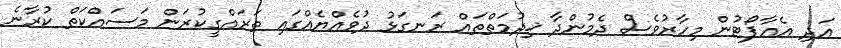
އަދި އެއާޕޯޓުން މިހާރުވެސް ދެމުންދާ ޚިދުމަތްތައް ރަނގަޅު ދުވެއްޔެއްގައި ތަރައްގީކުރަން މަސައްކަތް ކުރާނެ